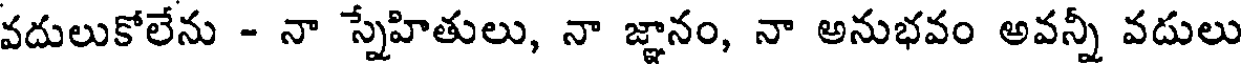
వదులుకోలేను - నా స్నేహితులు, నా జ్ఞానం, నా అనుభవం అవన్నీ వదులు